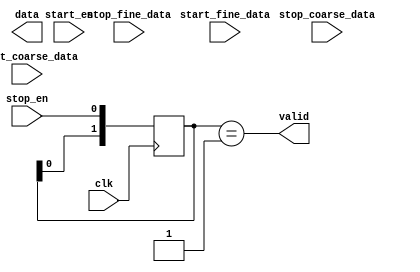
module T0_time
#
(
    parameter  DATA_WIDTH  = 32
)
(
    input  wire                 clk              ,
    (*mark_debug = "true"*) (* dont_touch = "true" *)input  wire                 start_en         ,
    (*mark_debug = "true"*) (* dont_touch = "true" *)input  wire [DATA_WIDTH-1:0]start_coarse_data,
    (*mark_debug = "true"*) (* dont_touch = "true" *)input  wire [DATA_WIDTH-1:0]start_fine_data  ,
    (*mark_debug = "true"*) (* dont_touch = "true" *)input  wire                 stop_en          ,
    (*mark_debug = "true"*) (* dont_touch = "true" *)input  wire [DATA_WIDTH-1:0]stop_coarse_data ,
    (*mark_debug = "true"*) (* dont_touch = "true" *)input  wire [DATA_WIDTH-1:0]stop_fine_data   ,
    (*mark_debug = "true"*) (* dont_touch = "true" *)output wire                 valid            ,
    (*mark_debug = "true"*) (* dont_touch = "true" *)output wire [DATA_WIDTH-1:0]data             
);


(*mark_debug = "true"*) (* dont_touch = "true" *)reg [DATA_WIDTH-1:0] delta_coarse_data;
(*mark_debug = "true"*) (* dont_touch = "true" *)reg [DATA_WIDTH-1:0] delta_fine_data;
(*mark_debug = "true"*) (* dont_touch = "true" *)reg [1:0]stop_en_r;
always @(posedge clk) begin
    if(start_en)begin
        delta_coarse_data<={DATA_WIDTH{1'b0}};
        delta_fine_data<={DATA_WIDTH{1'b0}};
    end
    else if(stop_en)begin
        if(stop_coarse_data>start_coarse_data)
            delta_coarse_data<=stop_coarse_data-start_coarse_data;
        // else
        //     delta_coarse_data<=stop_coarse_data-start_coarse_data;

        
        if(stop_fine_data>start_fine_data)
            delta_fine_data<=stop_fine_data-start_fine_data;
        // else
        //     delta_fine_data<=start_fine_data-stop_fine_data;
    end
end



always @(posedge clk) begin
    stop_en_r[1:0]<={stop_en_r[0],stop_en};
end
`ifdef TDC_SIM
assign data = (delta_coarse_data*357)+delta_fine_data;
`elsif TDC_SYN
//5000ps/13.5ps=370
//'d370='b1_0111_0010
//assign data = (delta_coarse_data*370)+delta_fine_data;

assign data = {delta_coarse_data,8'b0000_0000}+
{delta_coarse_data,6'b00_0000} +
{delta_coarse_data,5'b0_0000} +
{delta_coarse_data,4'b0000} +
{delta_coarse_data,1'b0} +delta_fine_data;
`endif

assign valid = (stop_en_r[1:0]==2'b01);


endmodule